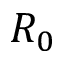
R _ { 0 }